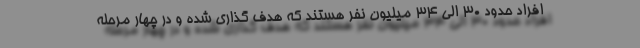
افراد حدود ۳۰ الی ۳۴ میلیون نفر هستند که هدف گذاری شده و در چهار مرحله